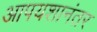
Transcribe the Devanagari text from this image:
आपयशानंतर